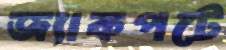
জ্যাকপটে